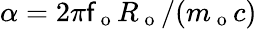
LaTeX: \alpha=2\pi\mathsf{f}_{\mathrm{{~o~}}}R_{\mathrm{{~o~}}}/(m_{\mathrm{{~o~}}}c)